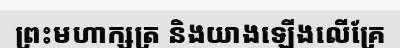
ព្រះមហាក្សត្រ និងយាងឡើងលើគ្រែ